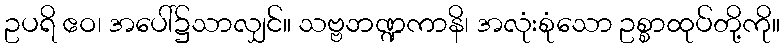
ဥပရိ ဧဝ၊ အပေါ်၌သာလျှင်။ သဗ္ဗဘဏ္ဍကာနိ၊ အလုံးစုံသော ဥစ္စာထုပ်တို့ကို။